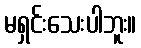
မရှင်းသေးပါဘူး။